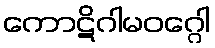
ကောဋိဂါမဝဂ္ဂေါ